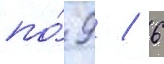
по́ 9 / 6